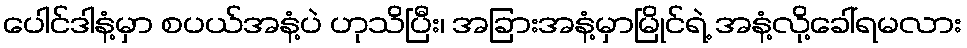
ပေါင်ဒါနံ့မှာ စပယ်အနံ့ပဲ ဟုသိပြီး၊ အခြားအနံ့မှာမြိုင်ရဲ့ အနံ့လို့ခေါ်ရမလား